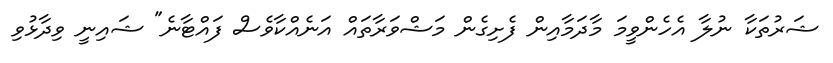
ޝަރުތަކާ ނުލާ އެހެންވީމަ މާދަމާއިން ފެށިގެން މަޝްވަރާތައް އަނެއްކާވެސް ފައްޓާނެ" ޝައިނީ ވިދާޅުވި